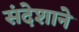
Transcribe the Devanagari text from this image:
संदेशाने